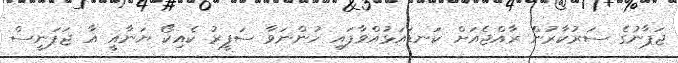
ޖަޕާނުގެ ސަރުކާރުން ރާއްޖެއަށް ކަނޑައަޅުއްވާފައި ހުންނަވާ ސަފީރު ކެއިކޯ ޔަނާއީ އާ ޖަޕަނީސް